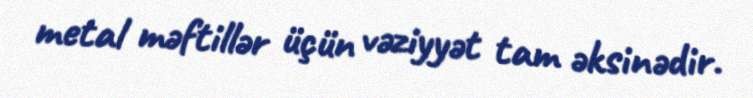
metal məftillər üçün vəziyyət tam əksinədir.